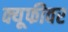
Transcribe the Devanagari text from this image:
क्यूफीवर